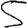
Digit: 5